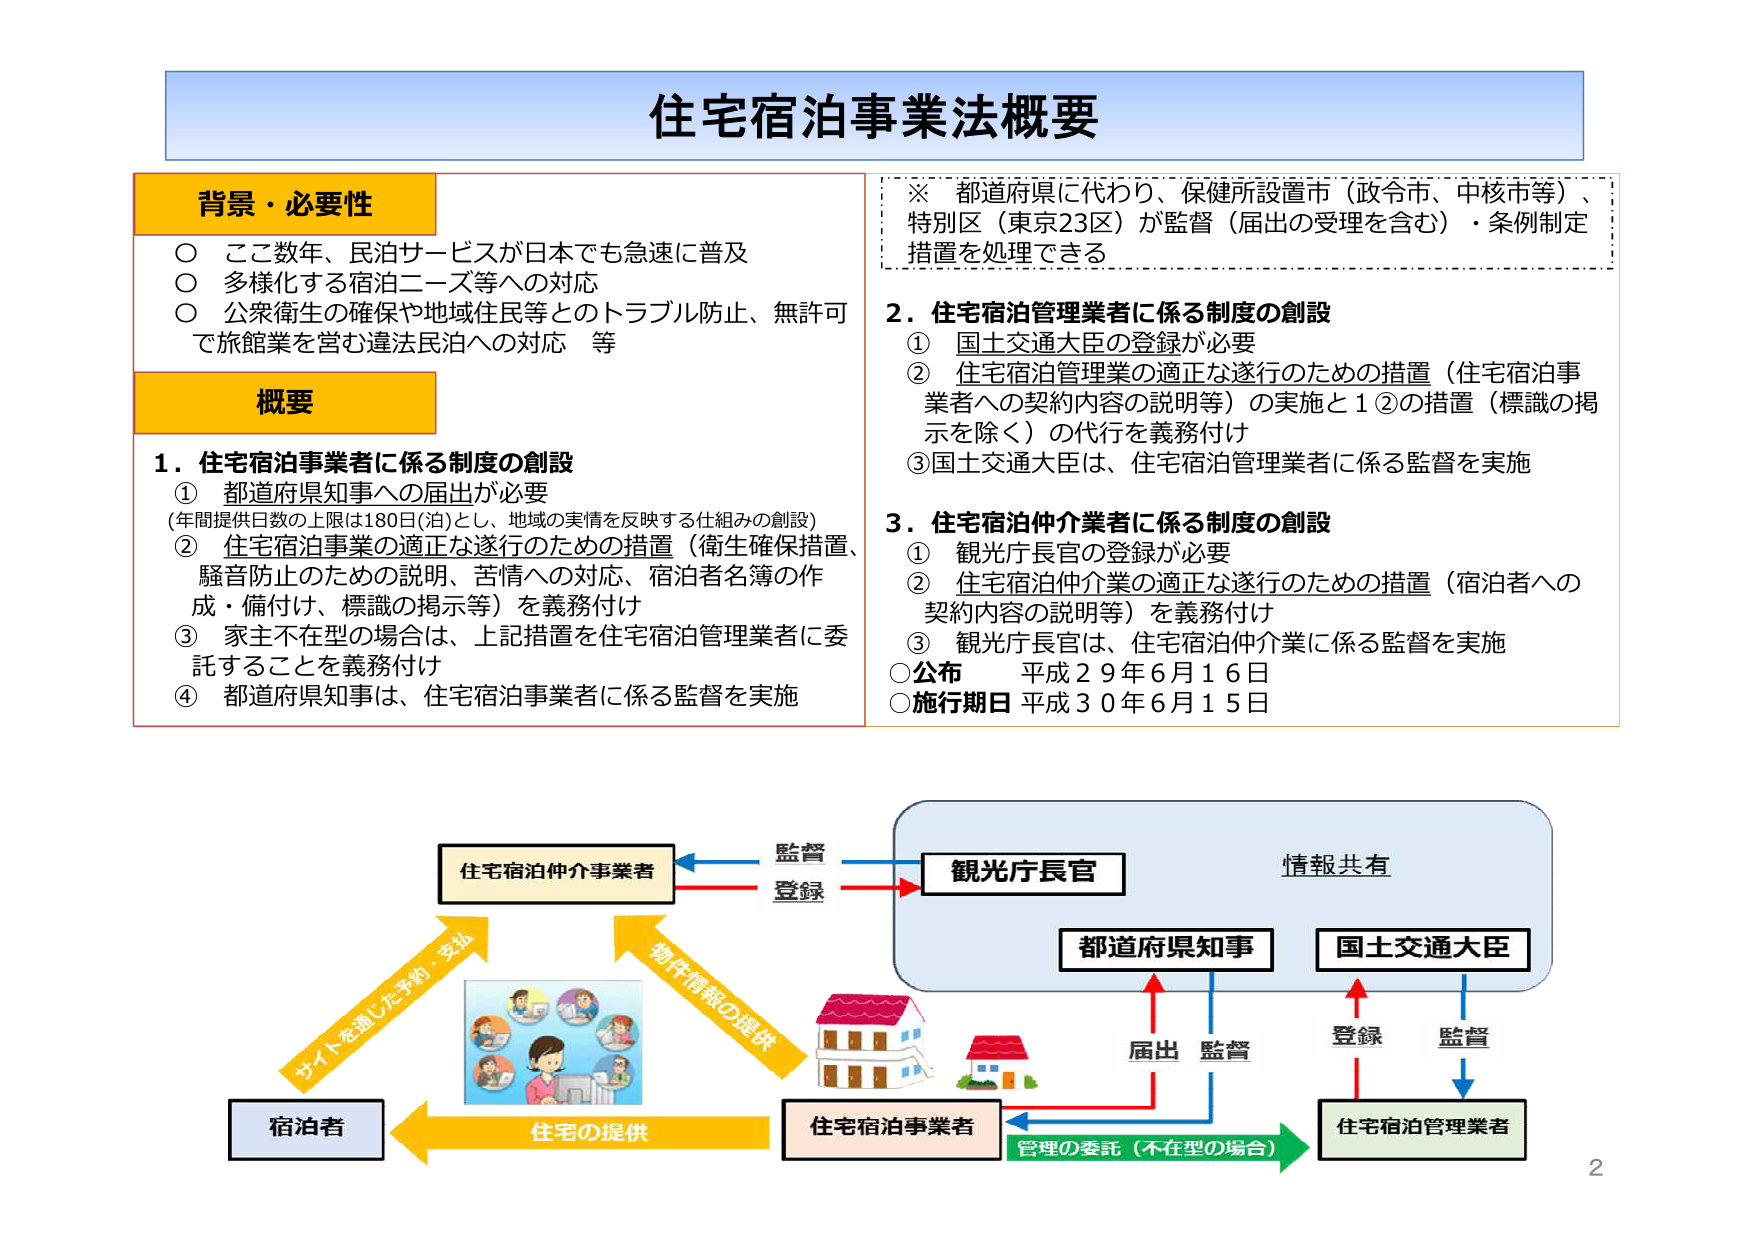
住宅宿泊事業法概要

背景・必要性
○ ここ数年、民泊サービスが日本でも急速に普及
○ 多様化する宿泊ニーズ等への対応
○ 公衆衛生の確保や地域住民等とのトラブル防止、無許可で旅館業を営む違法民泊への対応 等

概要
1．住宅宿泊事業者に係る制度の創設
① 都道府県知事への届出が必要
（年間提供日数の上限は180日(泊)とし、地域の実情を反映する仕組みの創設）
② 住宅宿泊事業の適正な遂行のための措置（衛生確保措置、騒音防止のための説明、苦情への対応、宿泊者名簿の作成・備付け、標識の掲示等）を義務付け
③ 家主不在型の場合は、上記措置を住宅宿泊管理業者に委託することを義務付け
④ 都道府県知事は、住宅宿泊事業者に係る監督を実施

※ 都道府県に代わり、保健所設置市（政令市、中核市等）、特別区（東京23区）が監督（届出の受理を含む）・条例制定措置を処理できる

2．住宅宿泊管理業者に係る制度の創設
① 国土交通大臣の登録が必要
② 住宅宿泊管理業の適正な遂行のための措置（住宅宿泊事業者への契約内容の説明等）の実施と1②の措置（標識の掲示を除く）の代行を義務付け
③ 国土交通大臣は、住宅宿泊管理業者に係る監督を実施

3．住宅宿泊仲介業者に係る制度の創設
① 観光庁長官の登録が必要
② 住宅宿泊仲介業の適正な遂行のための措置（宿泊者への契約内容の説明等）を義務付け
③ 観光庁長官は、住宅宿泊仲介業に係る監督を実施
○ 公布 平成29年6月16日
○ 施行期日 平成30年6月15日

監督
登録
情報共有
観光庁長官
都道府県知事
国土交通大臣
届出 監督
登録 監督
住宅宿泊仲介事業者
サイトを通じた予約・支払
物件情報の提供
住宅の提供
宿泊者
住宅宿泊事業者
管理の委託（不在型の場合）
住宅宿泊管理業者

2